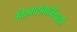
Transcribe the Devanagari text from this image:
विश्‍वासवाढीसाठी